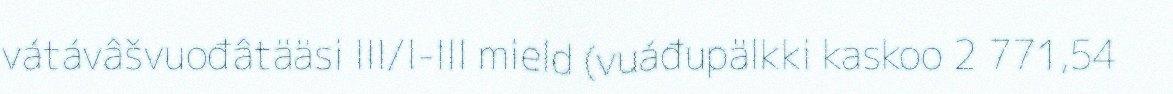
vátávâšvuođâtääsi III/I-III mield (vuáđupälkki kaskoo 2 771,54